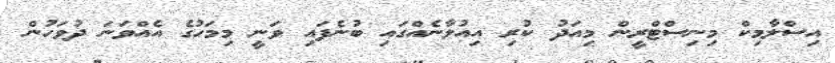
އިސްލާމިކް މިނިސްޓްރީން މިއަދު ކުރި އިއުލާނެއްގައި ބުނެފައި ވަނީ މިމަހުގެ އެއްވަނަ ދުވަހުން